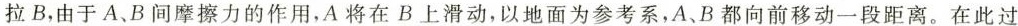
拉B，由于A、B间摩擦力的作用，A将在B上滑动，以地面为参考系，A、B都向前移动一段距离。在此过